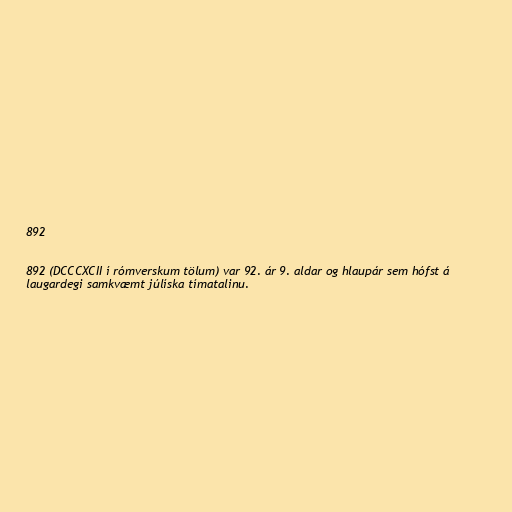
892

892 (DCCCXCII í rómverskum tölum) var 92. ár 9. aldar og hlaupár sem hófst á
laugardegi samkvæmt júlíska tímatalinu.